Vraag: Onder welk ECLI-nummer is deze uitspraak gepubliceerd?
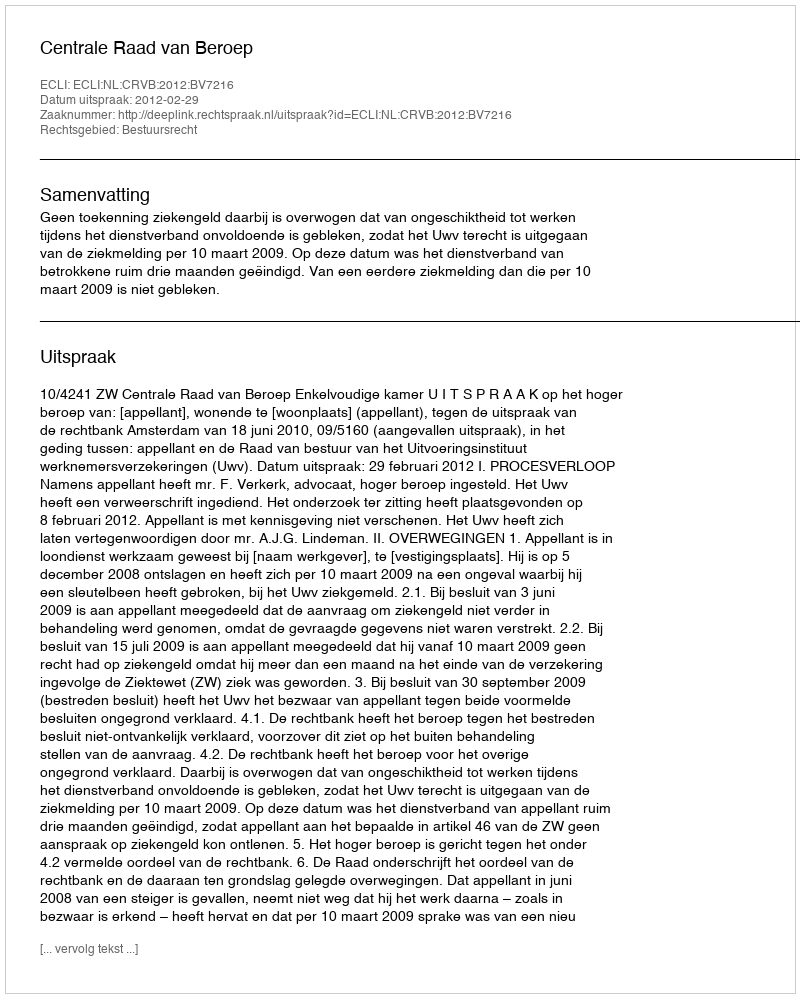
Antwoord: ECLI:NL:CRVB:2012:BV7216